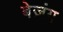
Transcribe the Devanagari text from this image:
बेज़ंग